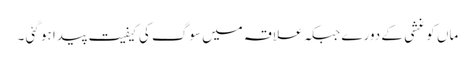
ماں کو غشی کے دورے جبکہ علاقہ میں سوگ کی کیفیت پیدا ہو گئی ۔